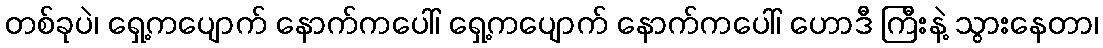
တစ်ခုပဲ၊ ရှေ့ကပျောက် နောက်ကပေါ်၊ ရှေ့ကပျောက် နောက်ကပေါ်၊ ဟောဒီ ကြီးနဲ့ သွားနေတာ၊